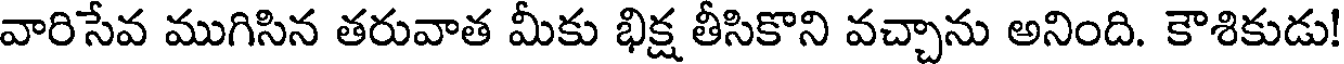
వారిసేవ ముగిసిన తరువాత మీకు భిక్ష తీసికొని వచ్చాను అనింది. కౌశికుడు